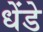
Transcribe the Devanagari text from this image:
धेंडे